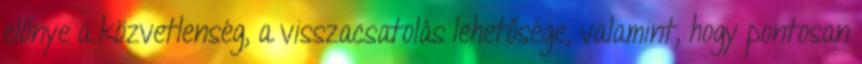
előnye a közvetlenség, a visszacsatolás lehetősége, valamint, hogy pontosan